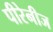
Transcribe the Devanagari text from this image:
पीरेनीज